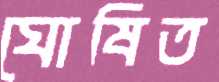
ঘোষিত